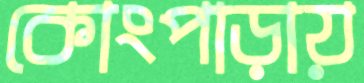
কোংপাড়ায়